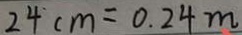
2 4 c m = 0 . 2 4 m